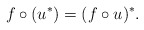
\begin{align*} f \circ (u^*)= (f \circ u)^*.\end{align*}